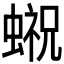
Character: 𰳓